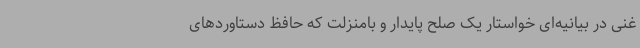
غنی در بیانیه‌ای خواستار یک صلح پایدار و بامنزلت که حافظ دستاوردهای